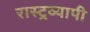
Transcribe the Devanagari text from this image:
रास्ट्रव्यापी